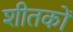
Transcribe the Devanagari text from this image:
शीतकों